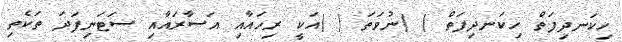
ހިކަނދިފަތް ހިކަނދިފަތް ( )ނުވަތަ ( )އަކީ ރިހައާއި އަސާރައާއި ސަޓަނިފަދަ ތަކެތި